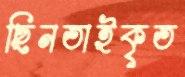
ছিনতাইকৃত